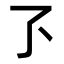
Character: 𬼷